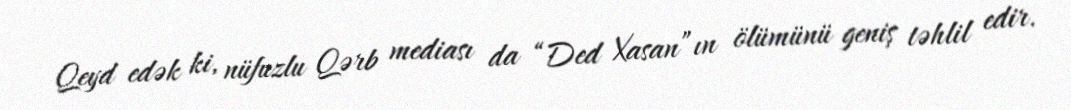
Qeyd edək ki, nüfuzlu Qərb mediası da “Ded Xasan”ın ölümünü geniş təhlil edir.